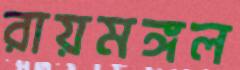
রায়মঙ্গল